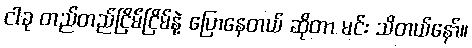
ငါခု တည်တည်ငြိမ်ငြိမ်နဲ့ ပြောနေတယ် ဆိုတာ မင်း သိတယ်နော်။